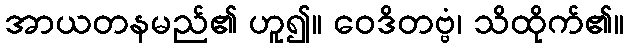
အာယတနမည်၏ ဟူ၍။ ဝေဒိတဗ္ဗံ၊ သိထိုက်၏။